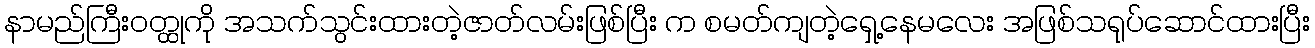
နာမည်ကြီးဝတ္ထုကို အသက်သွင်းထားတဲ့ဇာတ်လမ်းဖြစ်ပြီး က စမတ်ကျတဲ့ရှေ့နေမလေး အဖြစ်သရုပ်ဆောင်ထားပြီး